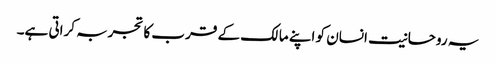
یہ روحانیت انسان کو اپنے مالک کے قرب کا تجربہ کراتی ہے۔